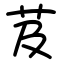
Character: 芨